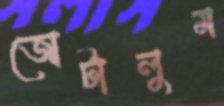
জোটালুম